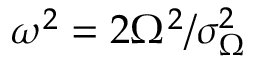
\omega ^ { 2 } = 2 \Omega ^ { 2 } / \sigma _ { \Omega } ^ { 2 }